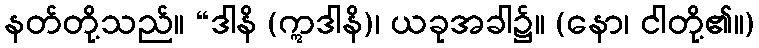
နတ်တို့သည်။ “ဒါနိ (ဣဒါနိ)၊ ယခုအခါ၌။ (နော၊ ငါတို့၏။)